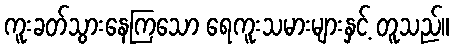
ကူးခတ်သွားနေကြသော ရေကူးသမားများနှင့် တူသည်။